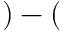
) - (